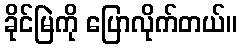
ခိုင်မြဲကို ပြောလိုက်တယ်။